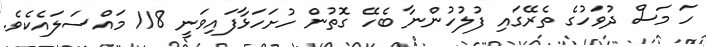
ހަ މަސް ދުވަހުގެ ތެރޭގައި ފުލުހުންނާ ބެހޭ ގޮތުން ހުށަހަޅާފައިވަނީ 118 މައްސަލައެކެވެ.